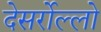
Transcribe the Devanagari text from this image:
देसर्रोल्लो